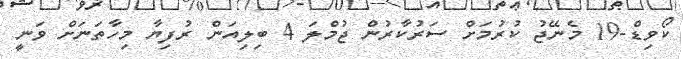
ކޯވިޑް-19 މެނޭޖު ކުރުމަށް ސަރުކާރުން ޖުމްލަ 4 ބިލިއަން ރުފިޔާ މިހާތަނަށް ވަނީ